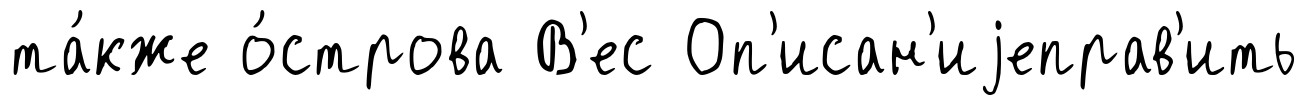
та́кже о́строва В'ес Оп'исан'иjеправ'ить